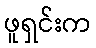
ဖူရှင်းက